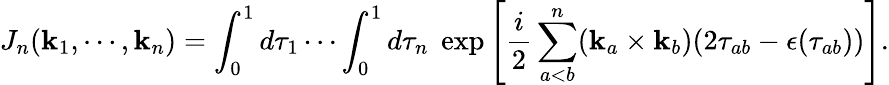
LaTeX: J_{n}(\mathbf{k}_{1},\cdots,\mathbf{k}_{n})=\int_{0}^{1}d\tau_{1}\cdots\int_{0}^{1}d\tau_{n}\; \exp\left[\frac{{i}}{{2}}\sum_{a<b}^{n}(\mathbf{k}_{a}\times\mathbf{k}_{b})(2\tau_{ab}-\epsilon(\tau_{ab}))\right].